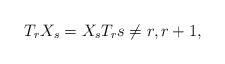
LaTeX: \begin{align*}T_rX_s=X_sT_r s\neq r,r+1,\end{align*}